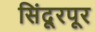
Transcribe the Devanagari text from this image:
सिंदूरपूर